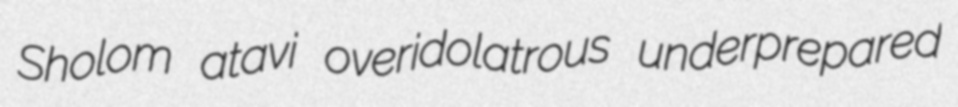
Sholom atavi overidolatrous underprepared